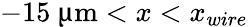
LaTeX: -15~{\upmu\mathrm{m}}<x<x_{wire}